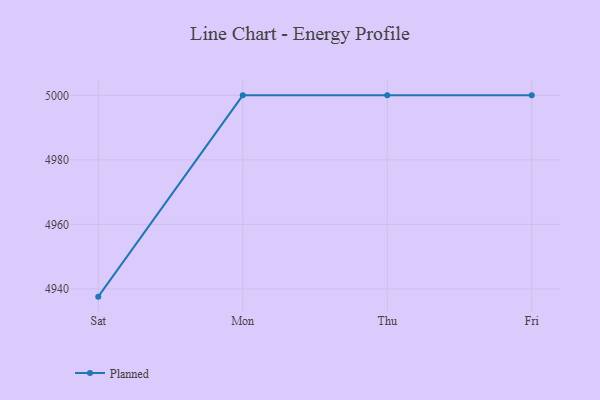
{"axis": {"x": "Day", "y": "Production Output"}, "legend": ["Planned"], "data": [{"x": "Sat", "y": 4937.6, "type": "Planned"}, {"x": "Mon", "y": 5000, "type": "Planned"}, {"x": "Thu", "y": 5000, "type": "Planned"}, {"x": "Fri", "y": 5000, "type": "Planned"}]}